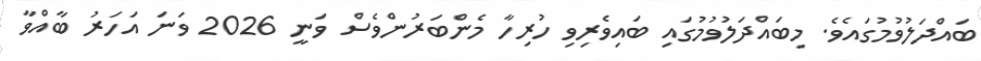
ބައްދަލުވުމުގައެވެ. މިބައްދަލުވުމުގައި ބައިވެރިވި ހުރިހާ މެންބަރުންވެސް ވަނީ 2026 ވަނަ އަހަރު ބާއްވާ